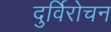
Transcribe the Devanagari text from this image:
दुर्विरोचन